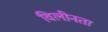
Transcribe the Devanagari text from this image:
विलीनता